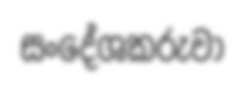
සංදේශකරුවා